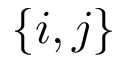
\{ i , j \}